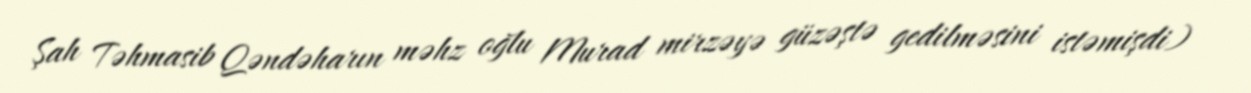
Şah Təhmasib Qəndəharın məhz oğlu Murad mirzəyə güzəştə gedilməsini istəmişdi)